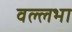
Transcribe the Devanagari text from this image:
वल्लभा